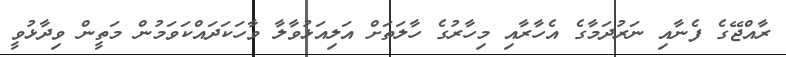
ރާއްޖޭގެ ފެނާއި ނަރުދަމާގެ އެހާރާއި މިހާރުގެ ހާލަތަށް އަލިއަޅުވާލާ ވާހަކަދައްކަވަމުން މަތީން ވިދާޅުވީ